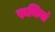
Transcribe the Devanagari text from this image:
रूचियां